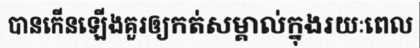
បានកើនឡើងគួរឲ្យកត់សម្គាល់ក្នុងរយៈពេល